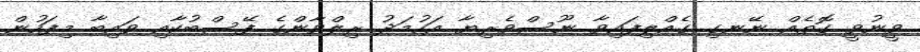
ވީނުވީ ގޮތެއް ނޭނގި ގެއްލިފައިވާ ނޫސްވެރިޔާ އަހުމަދު ރިލްވާންގެ ފޭސްބުކާއި ވައިބާ މިފަހުން